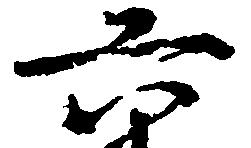
六